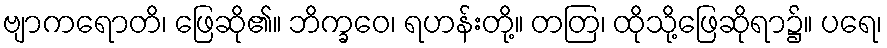
ဗျာကရောတိ၊ ဖြေဆို၏။ ဘိက္ခဝေ၊ ရဟန်းတို့။ တတြ၊ ထိုသို့ဖြေဆိုရာ၌။ ပရေ၊